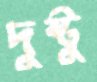
দুষ্টুু